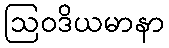
ဩဝဒိယမာနာ